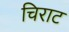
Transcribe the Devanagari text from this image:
चिराट